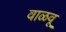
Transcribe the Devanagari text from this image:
वाळवू